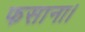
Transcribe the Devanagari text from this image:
फसाना।